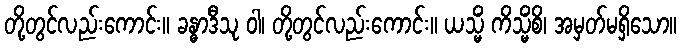
တို့တွင်လည်းကောင်း။ ခန္ဓာဒီသု ဝါ၊ တို့တွင်လည်းကောင်း။ ယသ္မိံ ကိသ္မိံစိ၊ အမှတ်မရှိသော။